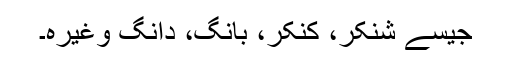
جیسے شنکر، کنکر، بانگ، دانگ وغیرہ۔